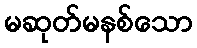
မဆုတ်မနစ်သော